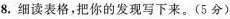
8.细读表格,把你的发现写下来。(5 分)